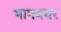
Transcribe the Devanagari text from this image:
भागवथर